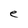
Character: e